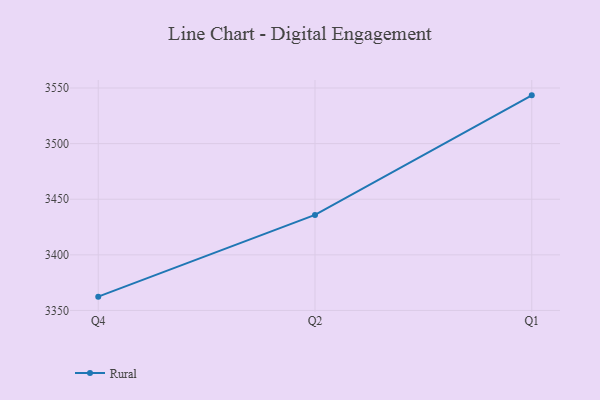
{"axis": {"x": "Quarter", "y": "Satisfaction Score"}, "legend": ["Rural"], "data": [{"x": "Q4", "y": 3362.4, "type": "Rural"}, {"x": "Q2", "y": 3435.9, "type": "Rural"}, {"x": "Q1", "y": 3543.4, "type": "Rural"}]}